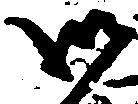
御